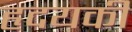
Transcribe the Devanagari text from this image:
हृदयकी